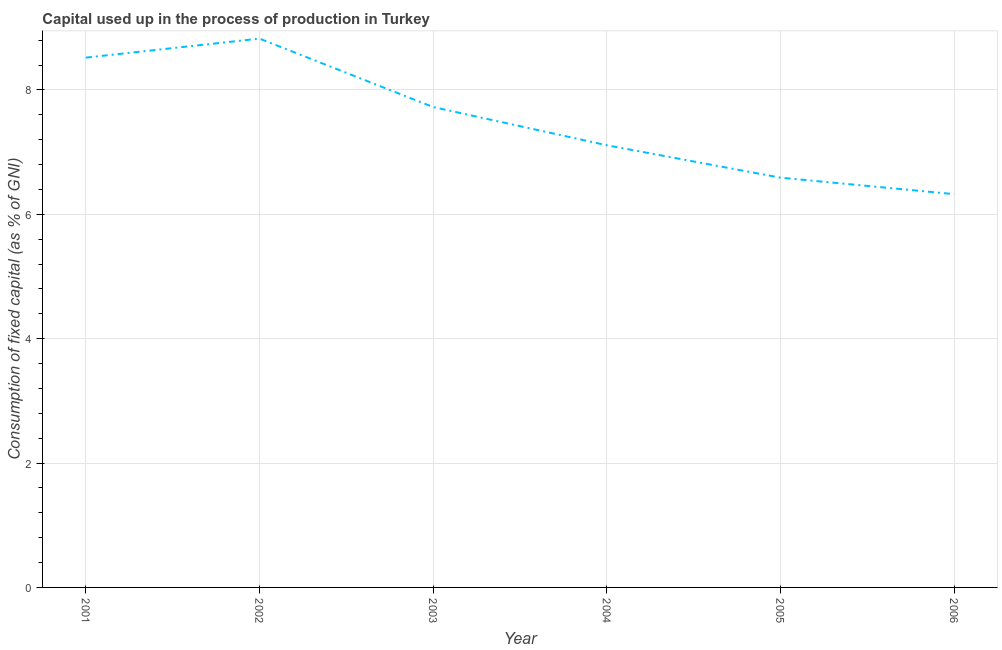
| Year | Consumption of fixed capital |
 | --- | --- |
 | 2001 | 8.52 |
 | 2002 | 8.82 |
 | 2003 | 7.72 |
 | 2004 | 7.11 |
 | 2005 | 6.59 |
 | 2006 | 6.32 |